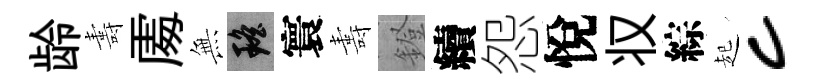
龄夀𠁅𭴾瑶寰夀鐙續怨悅𠬧綜起c